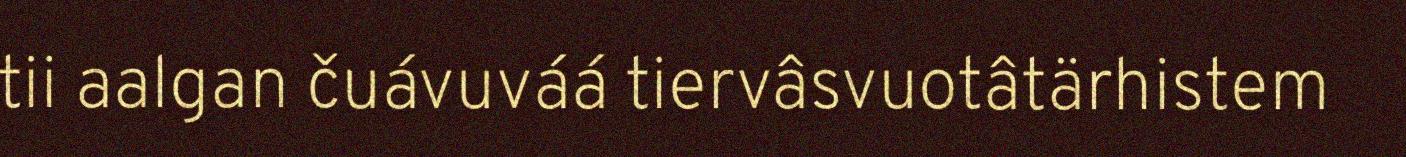
tii aalgan čuávuváá tiervâsvuotâtärhistem